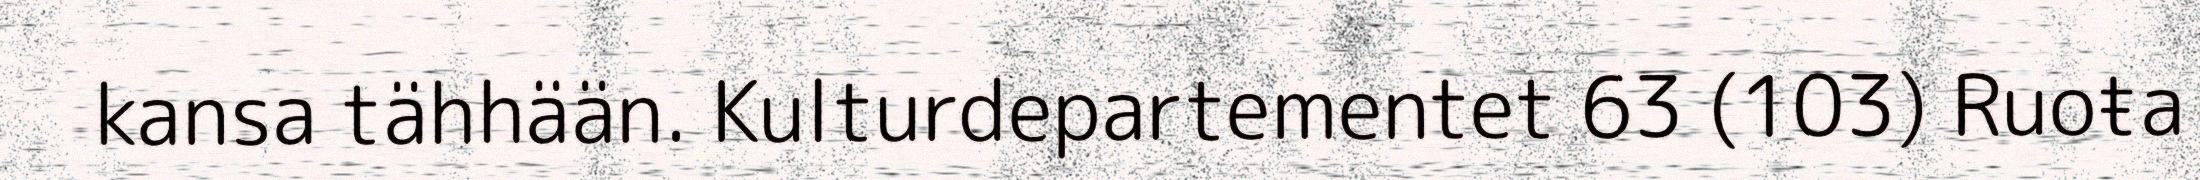
kansa tähhään. Kulturdepartementet 63 (103) Ruoŧa